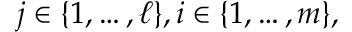
j \in \{ 1 , \ldots , \ell \} , i \in \{ 1 , \ldots , m \} ,